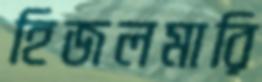
হিজলমারি